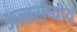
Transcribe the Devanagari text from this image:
अन्तर्राष्त्रीय